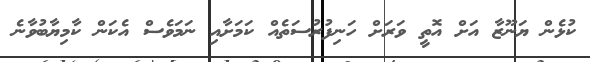
ކުޅެން ޔަނޫޒާ އަށް އޮތީ ވަރަށް ހަނިފުރުސަތެއް ކަމަށާއި ނަމަވެސް އެކަން ކާމިޔާބުވާނެ